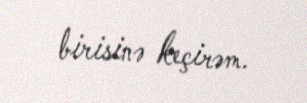
birisinə keçirəm.